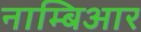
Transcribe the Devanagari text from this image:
नाम्बिआर